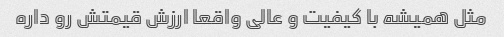
مثل همیشه با کیفیت و عالی واقعا ارزش قیمتش رو داره